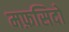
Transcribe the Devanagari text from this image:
मफ़सिदों